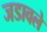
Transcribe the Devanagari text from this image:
जडावले